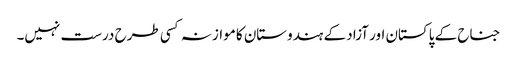
جناح کے پاکستان اور آزاد کے ہندوستان کا موازنہ کسی طرح درست نہیں۔